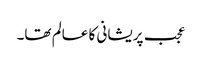
عجب پریشانی کا عالم تھا۔